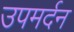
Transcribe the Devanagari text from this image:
उपमर्दन